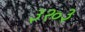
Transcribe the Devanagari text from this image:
३२०३